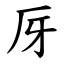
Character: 厊